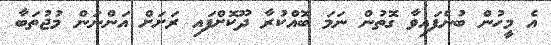
އެ މީހުން ބުނެފައިވާ ގޮތުން ނަމަ ބޮއްކުރާ ދޫކޮށްފައި ރަށަށް އަންނަން މުޖުތަބާ